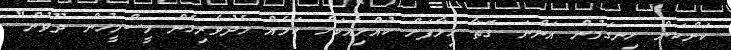
ކަންކަން ހިނގަމުން އަންނަ ގޮތާ ހިލާފަށް ކުއްލިއަކަށް ކަމެއް މެދުވެރިގެން މީސްމީހުން ދޫވުން"